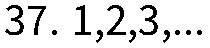
37. 1,2,3,...